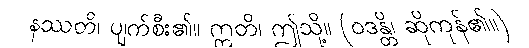
နဿတိ၊ ပျက်စီး၏။ ဣတိ၊ ဤသို့။ (ဝဒန္တိ၊ ဆိုကုန်၏။)